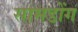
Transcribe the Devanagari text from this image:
सामडोंग